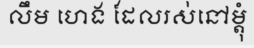
លឹម ហេង ដែលរស់នៅម្តុំ